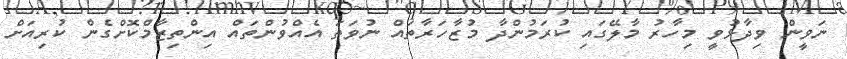
ނަވީން ވިދާޅުވީ މިހާރު މާލޭގައި ކުރަމުންދާ މުޒާހަރާތައް ނުވަތަ އެއްވުންތައް އިންތިޒާމްކޮށްގެން ކުރިއަށް